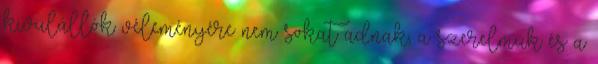
kivülállók véleményére nem sokat adnak, a szerelmük és a